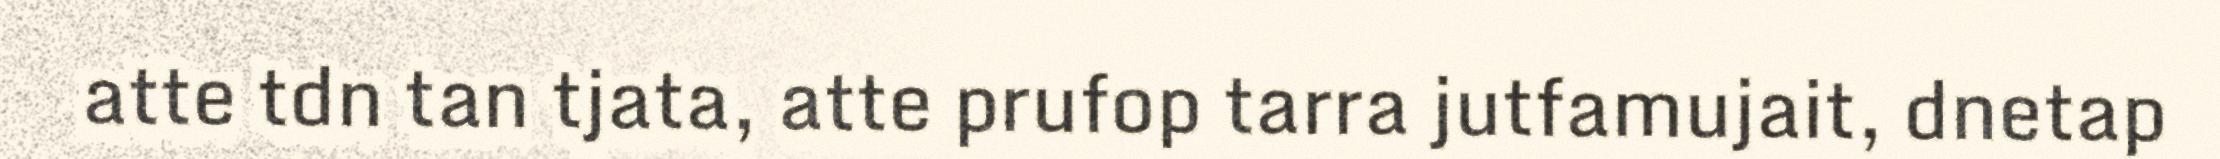
atte tdn tan tjata, atte prufop tarra jutfamujait, dnetap